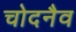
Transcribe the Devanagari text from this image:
चोदनैव